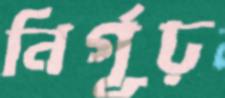
নির্গূঢ়